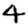
Digit: 4